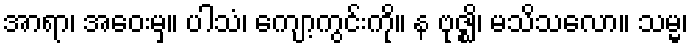
အာရာ၊ အဝေးမှ။ ပါသံ၊ ကျော့ကွင်းကို။ န ဗုဇ္ဈိ၊ မသိသလော။ သမ္မ၊